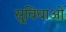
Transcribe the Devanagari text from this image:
सु्विधाओं